Report of the Indian Hemp Drugs Commission, 1894-1895 - Volume VI
Year: 1894
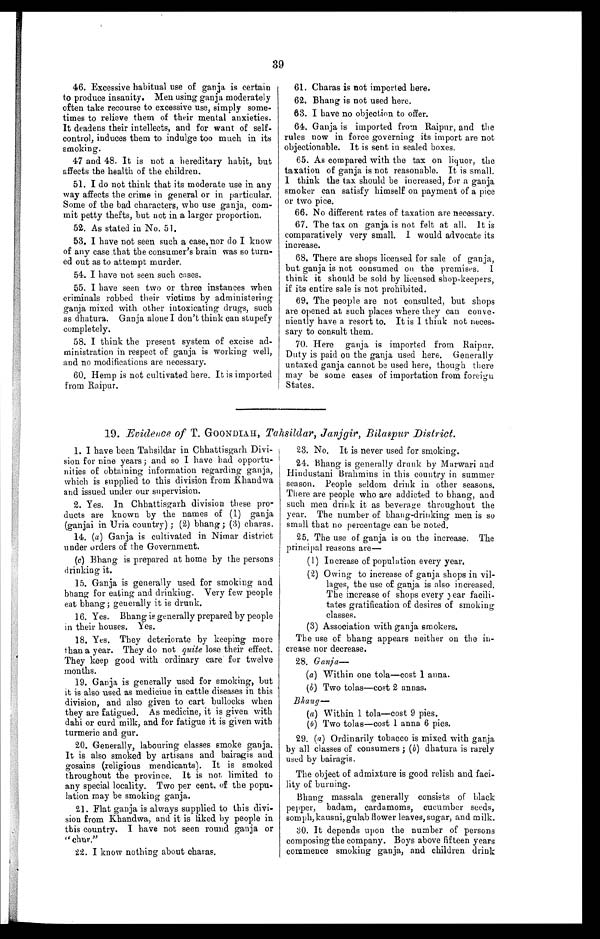
39
46. Excessive habitual use of ganja is certain
to produce insanity. Men using ganja moderately
often take recourse to excessive use, simply some
¬ t i m e s t o r e l i e v e t h e m o f t h e i r m e n t a l a n x i e t i e s .
It deadens their intellects, and for want of self
¬ c o n t r o l , i n d u c e s t h e m t o i n d u l g e t o o m u c h i n i t s
smoking.
47 and 48. It is not a hereditary habit, but
affects the health of the children.
51. I do not think that its moderate use in any
way affects the crime in general or in particular.
Some of the bad characters, who use ganja, com
¬ m i t p e t t y t h e f t s , b u t n o t i n a l a r g e r p r o p o r t i o n .
52. As stated in No. 51.
53. I have not seen such a case, nor do I know
of any case that the consumer's brain was so turn
¬ e d o u t a s t o a t t e m p t m u r d e r .
54. I have not seen such cases.
55. I have seen two or three instances when
criminals robbed their victims by administering
ganja mixed with other intoxicating drugs, such
as dhatura. Ganja alone I don't think can stupefy
completely.
58. I think the present system of excise ad
¬ m i n i s t r a t i o n i n r e s p e c t o f g a n j a i s w o r k i n g w e l l ,
and no modifications are necessary.
60. Hemp is not cultivated here. It is imported
from Raipur.
61. 61. Charas is not imported here.
62. Bhang is not used here.
63. I have no objection to offer.
64.
Ganja is imported from Raipur, and the
rules now in force governing its import are not
objectionable. It is sent in sealed boxes.
65. As compared with the tax on liquor, the
taxation of ganja is not reasonable. It is small.
I think the tax should be increased, for a ganja
smoker can satisfy himself on payment of a pice
or two pice.
66. No different rates of taxation are necessary.
67. The tax on ganja is not felt at all. It is
comparatively very small. I would advocate its
increase.
68. There are shops licensed for sale of ganja,
but ganja is not consumed on the premises. I
think it should be sold by licensed shop-keepers,
if its entire sale is not prohibited.
69. The people are not consulted, but shops
are opened at such places where they can conve
¬niently have a resort to. It is 1 think not neces
¬ s a r y t o c o n s u l t t h e m .
70. Here ganja is imported from Raipur.
Duty is paid on the ganja used here. Generally
untaxed ganja cannot be used here, though there
may be some cases of importation from foreign
States.
19. Evidence of T. GOONDIAH, Tahsildar,Janjgir,Bilaspur District.
1. I have been Tahsildar in Chhattisgarh Divi
¬sion for nine years ; and so I have had opportu
¬nities of obtaining information regarding ganja,
which is supplied to this division
f r o m K h a n d w a a n d i s s u e d u n d e r o u r s u p e r v i s i o n .
2. Yes. In Chhattisgarh division these pro
¬ d u c t s a r e k n o w n b y t h e n a m e s o f ( 1 ) g a n j a
(ganjai in Uria country) ; (2) bhang ; (3) charas.
14. (a) Ganja is cultivated in Nimar district
under orders of the Government.
(c) Bhang is prepared at home by the persons
drinking it.
15. Ganja is generally used for smoking and
bhang for eating and drinking. Very few people
eat bhang; generally it is drunk.
16. Yes. Bhang is generally prepared by people
in their houses. Yes.
18. Yes. They deteriorate by keeping more
than a year. They do not quite lose their effect.
They keep good with ordinary care for twelve
months.
19. Ganja is generally used for smoking, but
it is also used as medicine in cattle diseases in this
division, and also given to cart bullocks when
they are fatigued. As medicine, it is given with
dahi or curd milk, and for fatigue it is given with
turmeric and gur.
20. Generally, labouring classes smoke ganja.
It is also smoked by artisans and bairagis and
gosains (religious mendicants). It is smoked
throughout the province. It is not limited to
any special locality. Two per cent. of the popu
¬lation may be smoking ganja.
21. Flat ganja is always supplied to this divi
¬ s i o n f r o m K h a n d w a , a n d i t i s l i k e d b y p e o p l e i n
this country. I have not seen round ganja or
"chur."
22. I know nothing about charas.
23. No. It is never used for smoking.
24. Bhang is generally drunk by Marwari and
Hindustani Brahmins in this country in summer
season. People seldom drink in other seasons.
There are people who are addicted to bhang, and
such men drink it as beverage throughout the
year. The number of bhang¬drinking men is so
small that no percentage can be noted.
25. The use of ganja is on the increase. The
principal reasons are
—
(1) Increase of population every year.
(2) Owing to increase of ganja shops in vil
¬ l a g e s , t h e u s e o f g a n j a i s a l s o i n c r e a s e d .
The increase of shops every year facili
¬ t a t e s g r a t i f i c a t i o n o f d e s i r e s o f s m o k i n g
classes.
(3) Association with ganja smokers.
The use of bhang appears neither on the in
¬ c r e a s e n o r d e c r e a s e .
28. Gan
j a —
(a) Within one tola—cost 1 anna.
(6) Two tolas—cost 2 annas.
Bhang —
(a) Within 1 tola—cost 9 pies.
(b) Two tolas—cost 1 anna 6 pies.
29. (a) Ordinarily tobacco is mixed with ganja
by all classes of consumers ; (b) dhatura is rarely
used by bairagis.
The object of admixture is good relish and faci
¬ l i t y o f b u r n i n g .
Bhang massala generally consists of black
pepper, badam, cardamoms, cucumber seeds,
somph,kausni,gulab flower leaves, sugar, and milk.
30. It depends upon the number of persons
composing the company. Boys above fifteen years
commence smoking ganja, and children drink